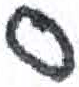
אות: ס